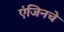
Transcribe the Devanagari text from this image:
एंजिनचे